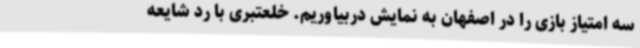
سه امتیاز بازی را در اصفهان به نمایش دربیاوریم. خلعتبری با رد شایعه